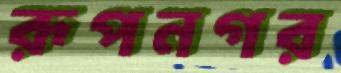
রূপনগর